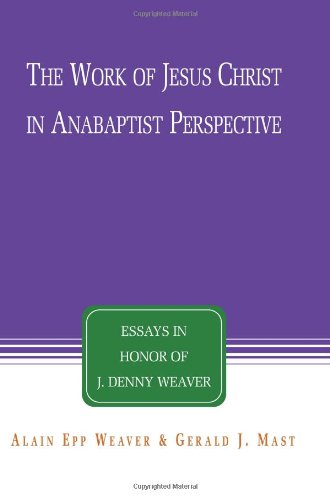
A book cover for The Work of Jesus Christ in Anabaptist Perspective: Essays in Honor of J. Denny Weaver; Christian Books & Bibles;